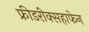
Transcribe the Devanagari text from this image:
फ्रीडरीक्सहाफेन